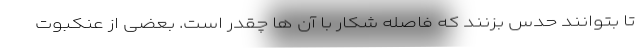
تا بتوانند حدس بزنند که فاصله شکار با آن ها چقدر است. بعضی از عنکبوت